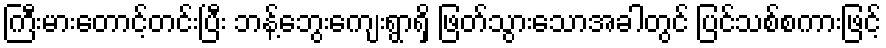
ကြီးမားတောင့်တင်းပြီး ဘန့်ဘွေးကျေးရွာရှိ ဖြတ်သွားသောအခါတွင် ပြင်သစ်စကားဖြင့်